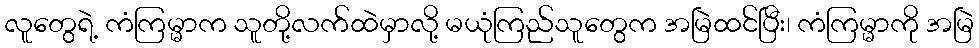
လူတွေရဲ့ ကံကြမ္မာက သူတို့လက်ထဲမှာလို့ မယုံကြည်သူတွေက အမြဲထင်ပြီး၊ ကံကြမ္မာကို အမြဲ